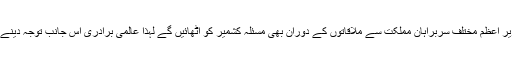
ظفر جسپال کے بقول وزیر اعظم مختلف سربراہانِ مملکت سے ملاقاتوں کے دوران بھی مسئلہ کشمیر کو اٹھائیں گے لہذا عالمی برادری اس جانب توجہ دینے پر مجبور ہو سکتی ہے۔